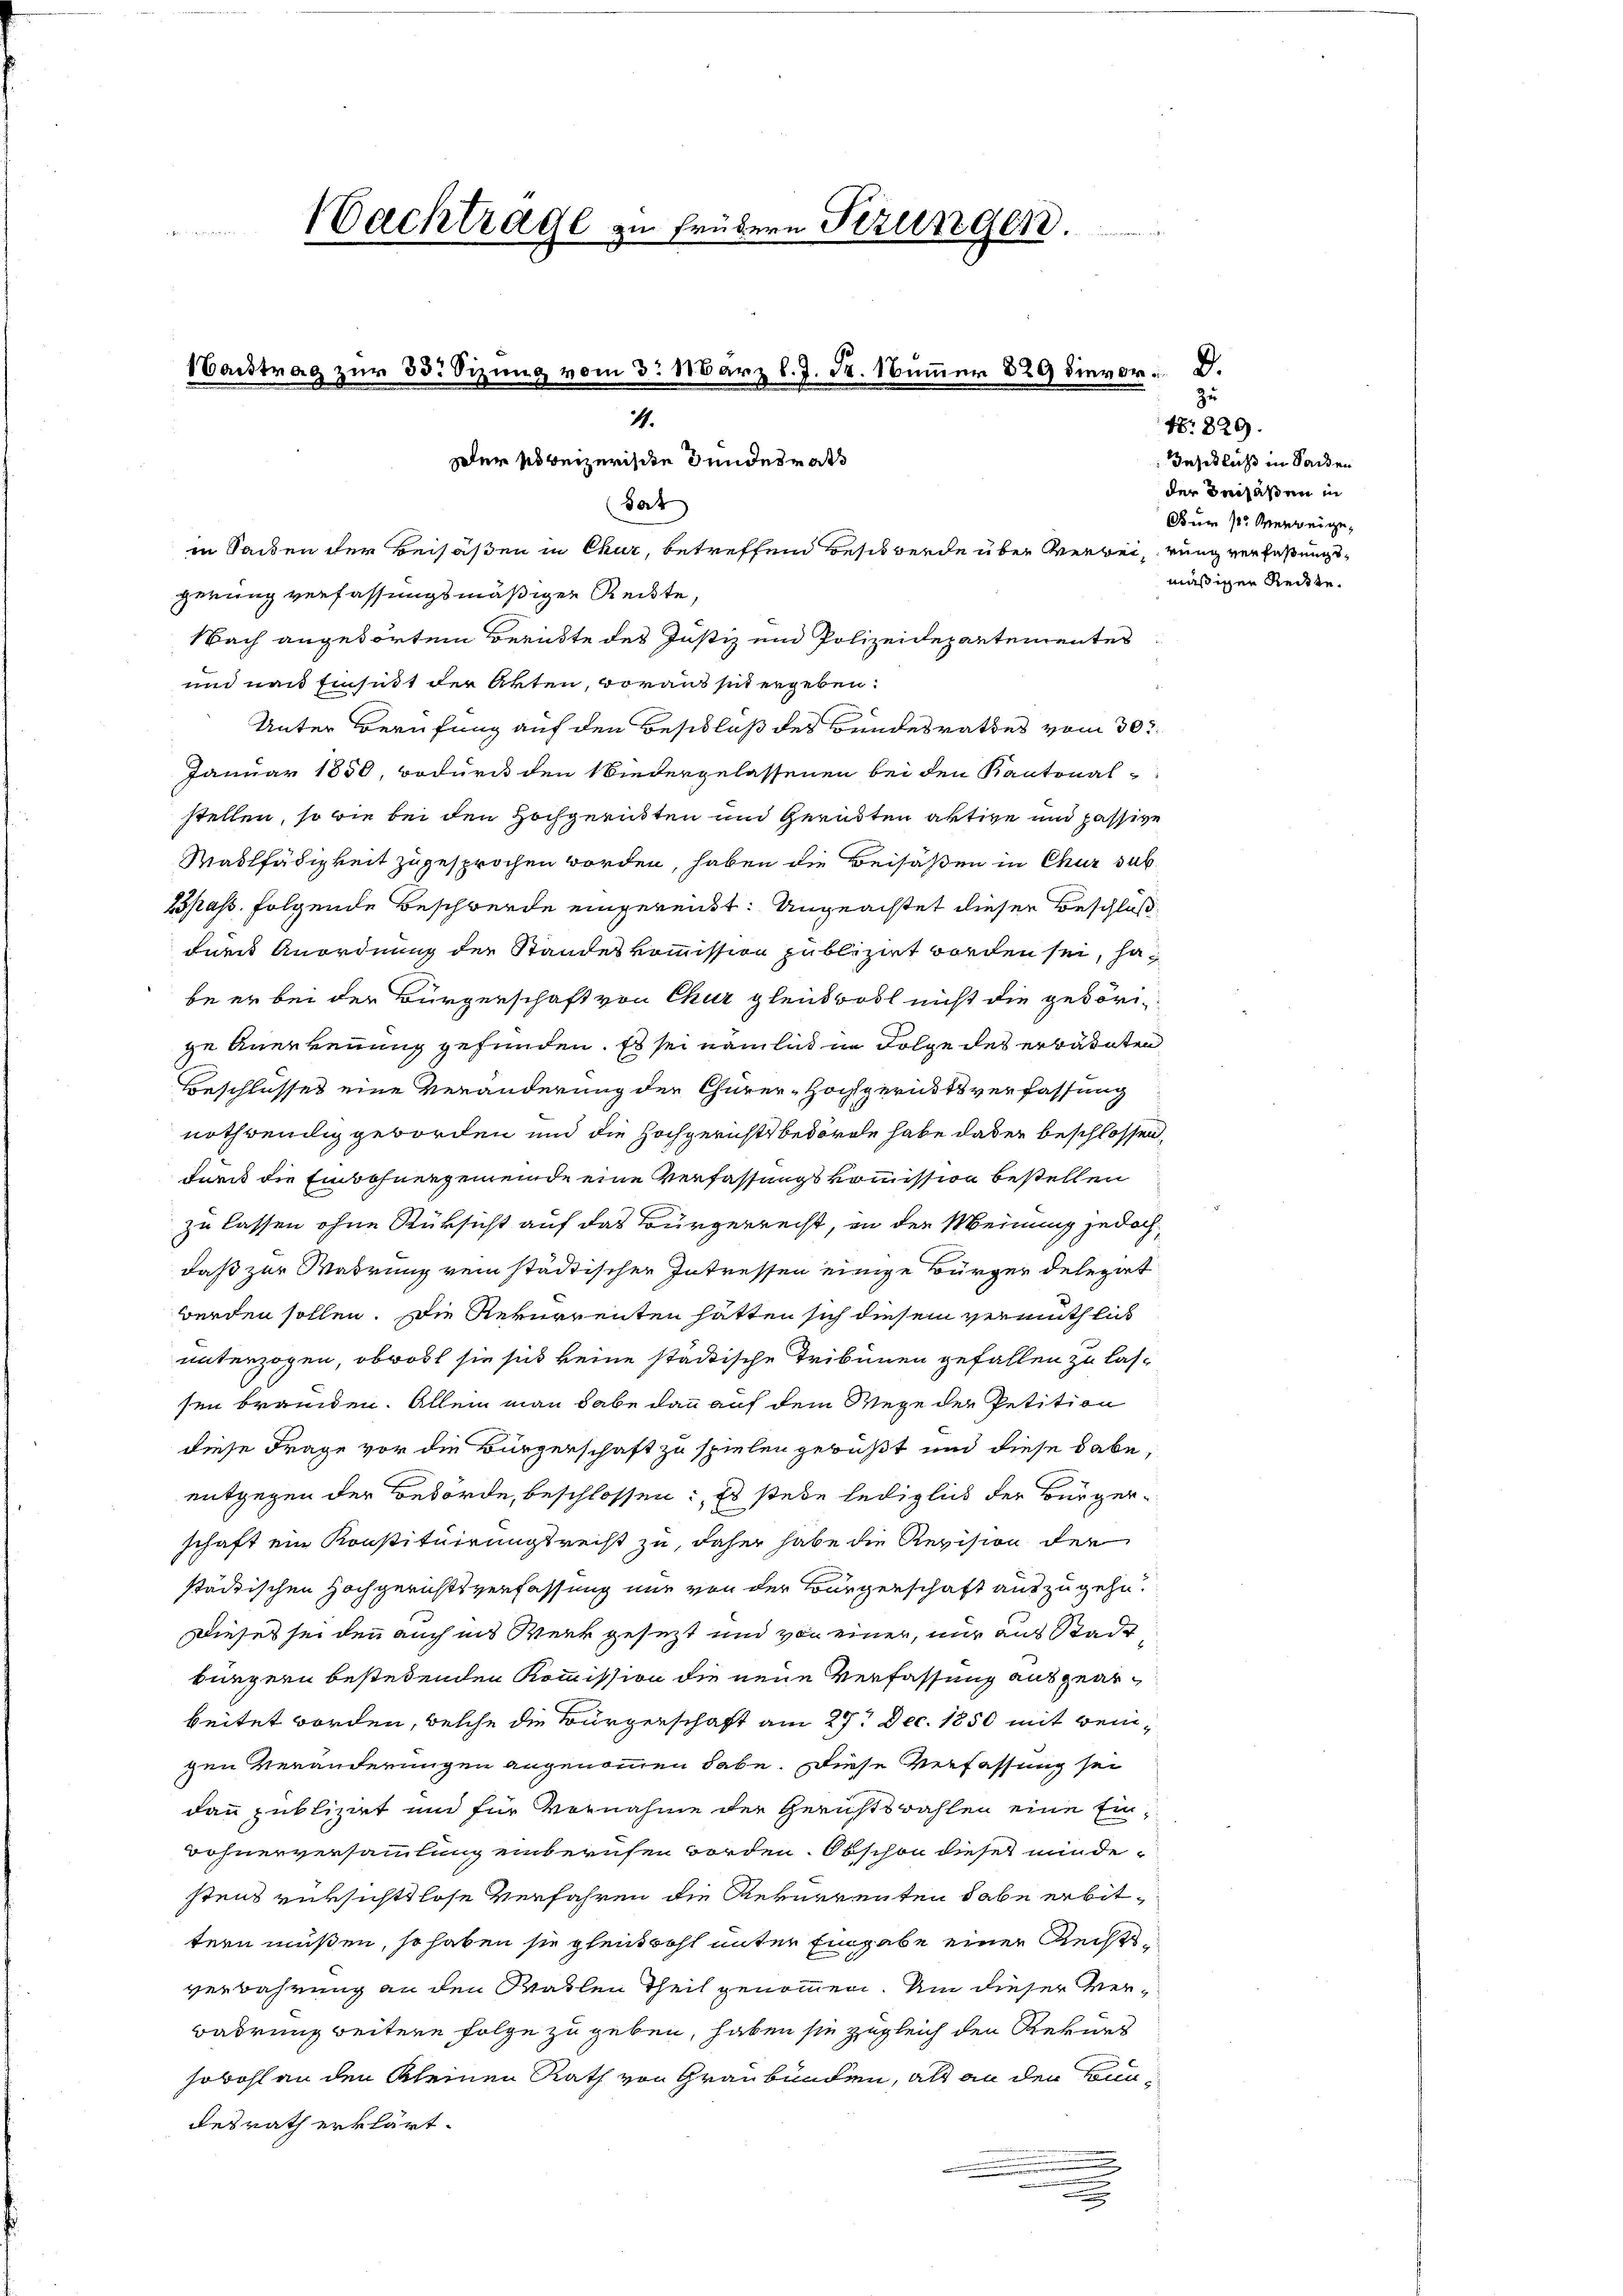
Nachtrage zu frühern Perungen.

1Bantrag zur 33. Sizung vom 3. März l. J. K. Nummer 829 dievor
1.
Der so beizerische Bundesrat

Sat
in Seiden der Beisaßen in Chur, betreffend Besit werde über Werbei, rung verfaßungsgerung verfassungsmäßigen Reckte,
Nach angehörten Berükte des Justiz und Polizeidepartementes
und nach Einsist der Akten, voraus sit ergeben:
Unter Berufung auf den Beschluß des Bundesrathes vom 30t
Januar 1850, wodurch den Niedergelassenen bei den Kantonal-
stellen, so wie bei den Hochgeruhten und Gerüdten aktive und passive
Maslfädigkeit zugesprochen worden, haben die Beisaßen in Chur sub
Bpass. folgende Beschwerde eingereicht. Ungeachtet dieser Beschluß
furch Anordnung der Standeskommission publizirt worden sei, ha
be er bei der Bürgerschaft von Chur gleichwol nicht die gehörige Anerkennung gefunden. Es sei nämlich in Folge des erwähnten
Beschlusses eine Veränderung der Churer-Hochgerichtsverfassung
nothwendig geworden und die Hochgerichtsbedörde habe dabei beschlossen,
furch die Einwohnergemeinde eine Verfassungskommission bestellen
zu lassen ohne Rüksicht auf das Bürgerrecht, in den Meinung jedoch
daß zur Wahrung ein städtischer Intressen einige Bürger delegirt
werden sollen. Die Rekurrenten hätten sich diesem vermuthlich
unterzogen, obwost sie sich keine städtische Tribünen gefallen zu lassen branden. Allein man habe dann auf dem Wege der Petition
diese Frage vor die Bürgerschaft zu spielen gebüßt und diese habe,
entgegen der Behörde, beschlossen: Es stehe lediglich der Bürgerschaft ein Konstituirungsrecht zu, daher habe die Revision der
städtischen Hochgerichtsverfassung nur von der Bürgerschaft auszugehe.
Dieses sei den auch ins Werk gesezt und von einer, nur aus Stadt
bürgern bestehenden Kommission die neue Verfassung ausgearbeitet worden, welche die Bürgerschaft am 27. Dec. 1850 mit Bengen Veränderungen angenommen habe. Diese Verfassung sei
dann publizirt und für Vornahme der Gerichtswahlen eine Ein¬
Bohnerversammlung einberufen worden. Obschon dieses minde-
stens versichtslose Verfahren die Rekurrenten habe erbittern müßen, so haben sie gleichwohl unter Eingabe einer Rechtsverbahrung an den Statten Theil genommen. Um dieser Ver¬
Badrung weitere Folge zu geben, haben sie zugleich den Kernes
Erbohl an den kleinen Rath von Graubünden, als an den konndesrath erklärt.
u

zu
N. 829.
Inschluss in Sachen
der Beisaßen in
Fur 12 Verzeigemäßiger Reckte.